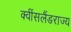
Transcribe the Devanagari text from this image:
क्वींसलैंडराज्य